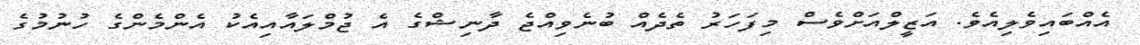
އެއްބައިވެލިއެވެ. އަޒީލްއަށްވެސް މިފަހަރު ތެދެއްް ބުނެވިއްޖެ ދާނިޝްގެ އެ ޖުމްލައާއިއެކު އެންމެންގެ ހުނުމުގެ